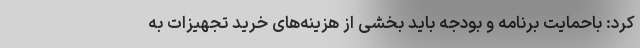
کرد: باحمایت برنامه و بودجه باید بخشی از هزینه‌های خرید تجهیزات به